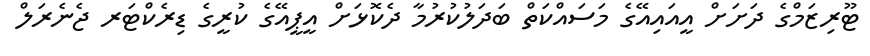
ޓޫރިޒަމްގެ ދަށަށް އީއައިއޭގެ މަސައްކަތް ބަދަލުކުރުމާ ދެކޮޅަށް އީޕީއޭގެ ކުރީގެ ޑިރެކްޓަރ ޖެނެރަލް